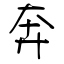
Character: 奔